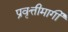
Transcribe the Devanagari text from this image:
प्रवृत्तीमार्गी